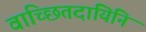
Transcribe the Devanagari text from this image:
वाच्छितदायिनि